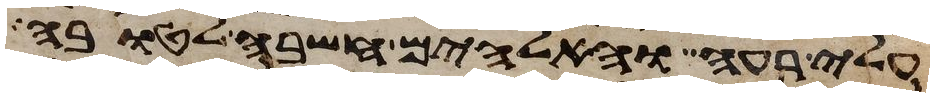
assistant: עלי רעה והאלהים חשבה לטובה